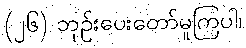
(၂၆) ဘုဉ်းပေးတော်မူကြပါ၊